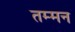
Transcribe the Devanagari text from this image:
तम्मन